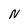
Character: N